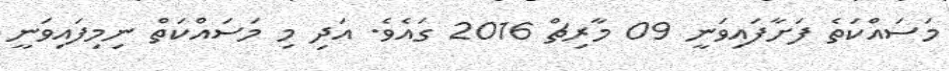
މަސައްކަތެ ފަށާފައިވަނީ 09 މާރިޗް 2016 ގައެވެ. އަދި މި މަސައްކަތް ނިމިފައިވަނީ